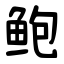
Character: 鲍